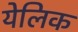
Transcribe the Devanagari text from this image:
येलिक